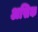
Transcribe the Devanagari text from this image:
असिक